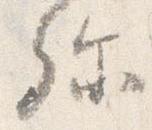
弥